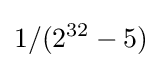
1/(2^{32}-5)